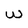
Character: w